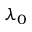
\lambda _ { 0 }